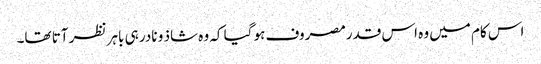
اس کام میں وہ اس قدرمصروف ہو گیا کہ وہ شاذ و نادر ہی باہر نظر آتا تھا۔